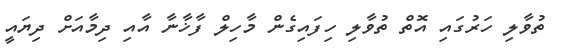
ތުވާލި ހަރުގައި އޮތް ތުވާލި ހިފައިގެން މާހިލް ފާޚާނާ އާއި ދިމާއަށް ދިޔައީ